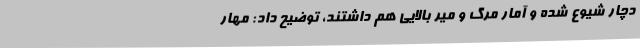
دچار شیوع شده و آمار مرگ و میر بالایی هم داشتند، توضیح داد: مهار